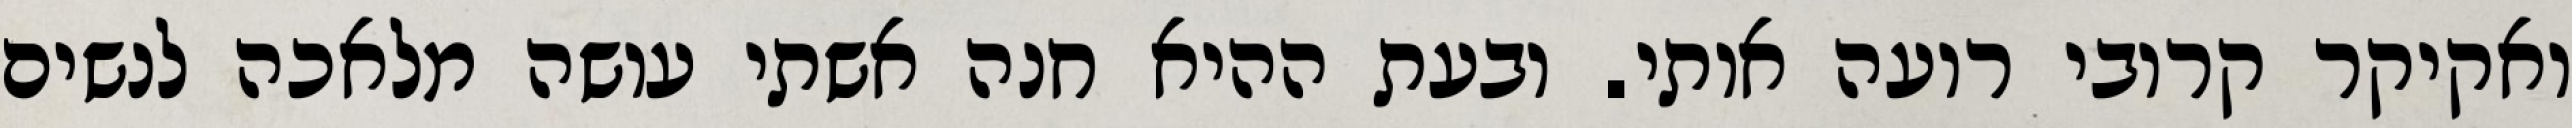
ואקיקר קרובי רועה אותי. ובעת ההיא חנה אשתי עושה מלאכה לנשים